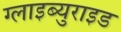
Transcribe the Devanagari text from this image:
ग्लाइब्युराइड